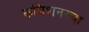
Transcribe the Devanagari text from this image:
कमिशनरचा